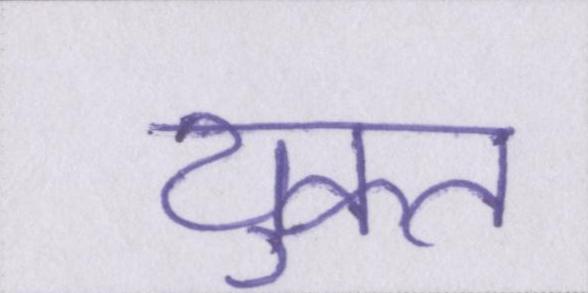
युक्त